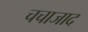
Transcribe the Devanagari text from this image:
चचाजाद